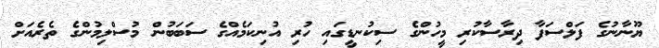
ޔޫނާނުގެ ފަލްސަފާ ދިރާސާކުރި މީހުންގެ ސިކުނޑީގައި ހުރި އުނިކަމެއްގެ ސަބަބުން މުސްލިމުންގެ ތެރެއަށް